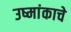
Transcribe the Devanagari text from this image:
उष्मांकाचे